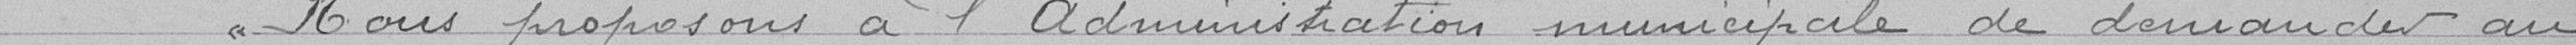
« Nous proposons à l'administration municipale de demander au